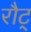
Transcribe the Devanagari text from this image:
रौट्